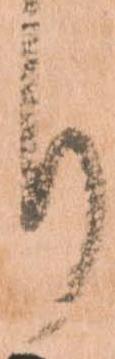
り